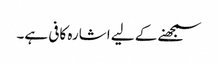
سمجھنے کے لیے اشارہ کافی ہے۔